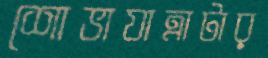
শোভাযাত্রাটার